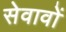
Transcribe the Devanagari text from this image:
सेवावों